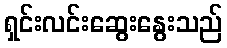
ရှင်းလင်းဆွေးနွေးသည်